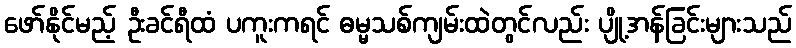
ဖော်နိုင်မည့် ဦးခင်ရီထံ ပကူးကရင် ဓမ္မသစ်ကျမ်းထဲတွင်လည်း ပျို့အန်ခြင်းများသည်